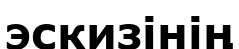
эскизінің